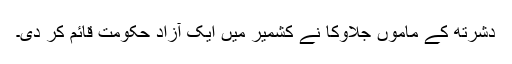
دشرتھ کے ماموں جلاوکا نے کشمیر میں ایک آزاد حکومت قائم کر دی۔